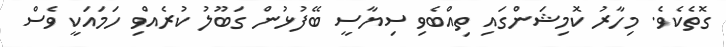
ގޮތެކެވެ. މިހާރު ކޮމިޝަންގައި ތިއްބެވި ސިޔާސީ ބޭފުޅުން ގަބޫލު ކުރެއްވި ހަމައަކީ ވެސް